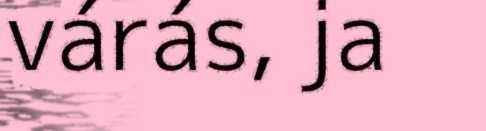
várás, ja